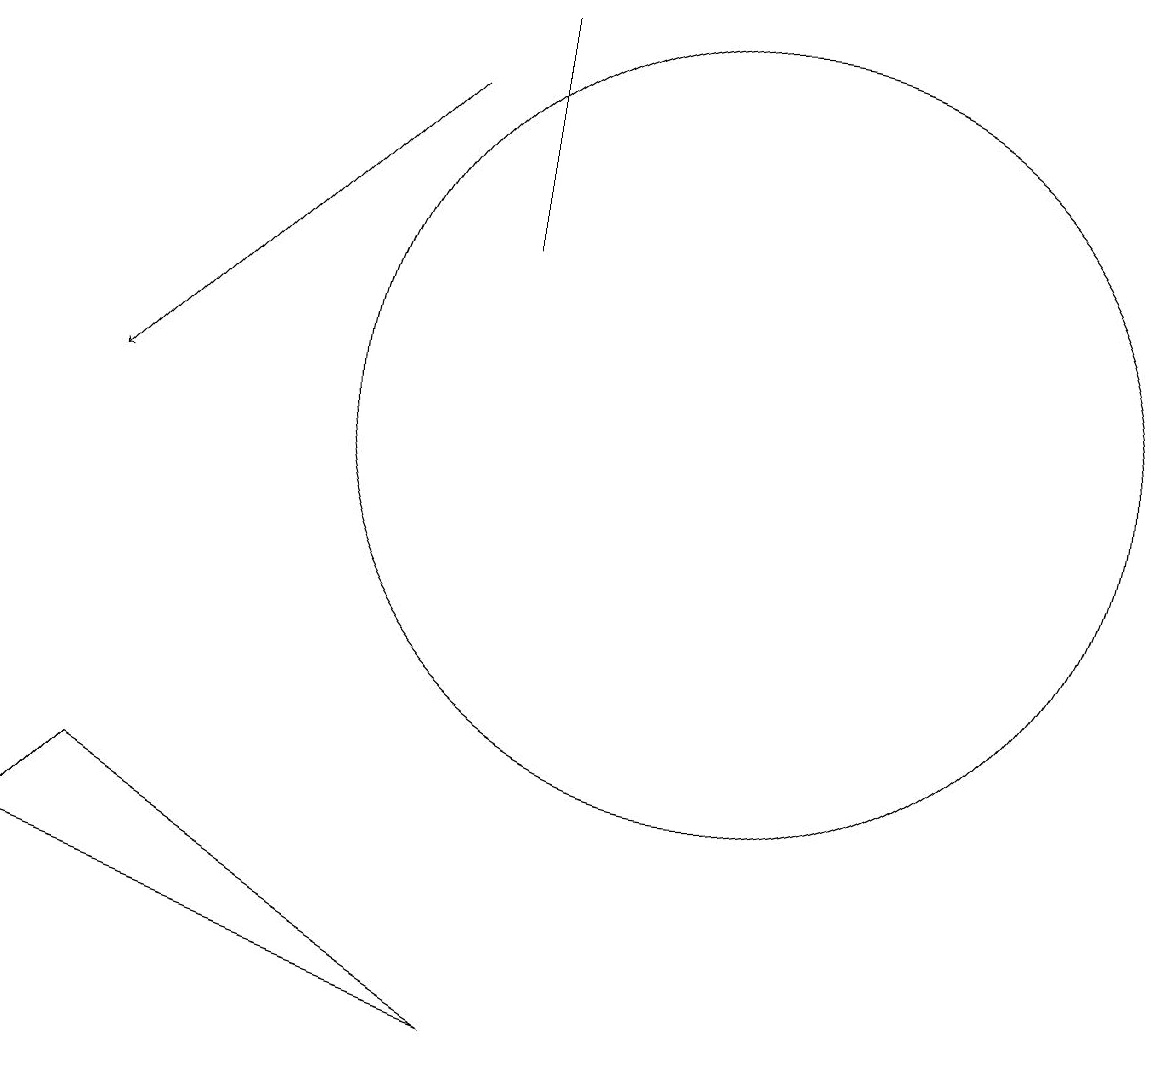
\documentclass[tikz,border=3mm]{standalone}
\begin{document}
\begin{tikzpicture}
\draw (12,11) circle (5);
\draw (9,16) rectangle (9,13);
\draw (4,6) -- (9,3) -- (3,5) -- cycle;
\draw[->] (8,15) -- (4,11);
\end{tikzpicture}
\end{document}